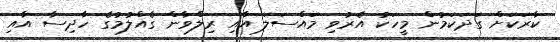
ކާރަކަށް ގަދަކަމުން މީހަކު އެރުވި މައްސަލަ އާއި ރިލްވާން ގެއްލުމުގެ ހާދިސާ އާއި